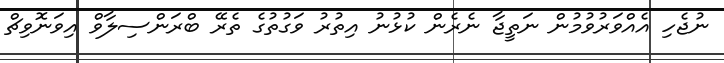
ނުޖެހި އެއްވަރުވުމުން ނަތީޖާ ނެރެން ކުޅުނު އިތުރު ވަގުތުގެ ތެރޭ ބްރަންސިލާވް އިވަނޮވިޗް